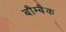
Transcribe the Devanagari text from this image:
बौम्बैक